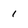
Character: 1